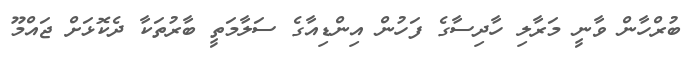
ބުރްހާން ވާނީ މަރާލި ހާދިސާގެ ފަހުން އިންޑިއާގެ ސަލާމަތީ ބާރުތަކާ ދެކޮޅަށް ޖައްމޫ